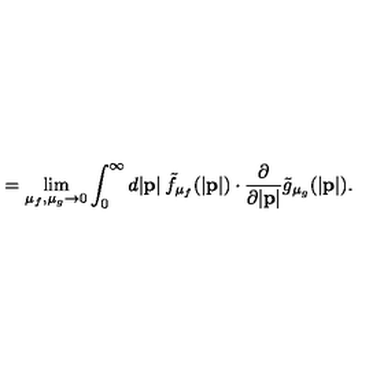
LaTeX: \: \: \: \: \: \: \: \: \: \: \: \: \: \: \: \: \: \: = \lim _ { \mu _ { f } , \mu _ { g } \to 0 } \int _ { 0 } ^ { \infty } d | { \bf p } | \: { \tilde { f } } _ { { \mu } _ { f } } ( | { \bf p } | ) \cdot \frac { \partial } { \partial | { \bf p } | } { \tilde { g } } _ { { \mu } _ { g } } ( | { \bf p } | ) .